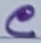
Text: C